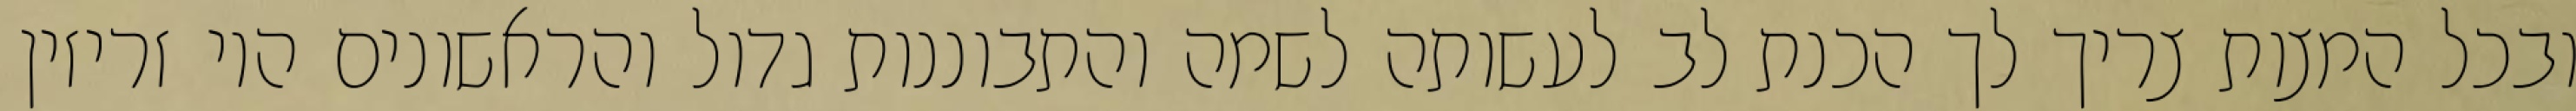
ובכל המצות צריך לך הכנת לב לעשותה לשמה והתבוננות גדול והראשונים היו זריזין